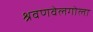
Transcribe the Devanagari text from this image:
श्रवणवेलगोला